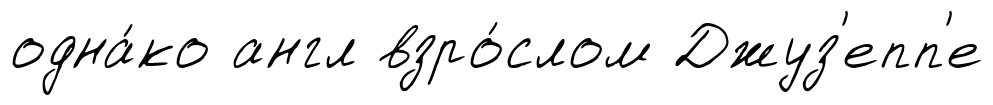
одна́ко англ взро́слом Джуз'епп'е